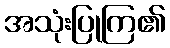
အသုံးပြုကြ၏